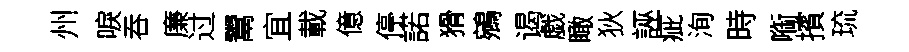
州唳吞廉过鬻宜載億停諾猾鵷谒戯瞰狄誣疵洵時㗸擯琉